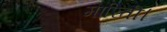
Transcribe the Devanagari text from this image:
मारिती।